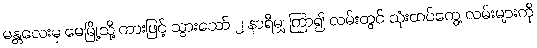
မန္တလေးမှ မေမြို့သို့ ကားဖြင့် သွားသော် ၂ နာရီမျှ ကြာ၍ လမ်းတွင် သုံးထပ်ကွေ့ လမ်းများကို